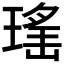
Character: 𱯖